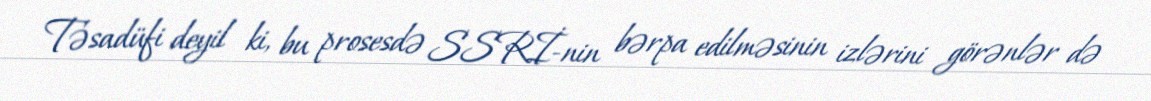
Təsadüfi deyil ki, bu prosesdə SSRİ-nin bərpa edilməsinin izlərini görənlər də